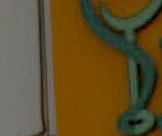
.